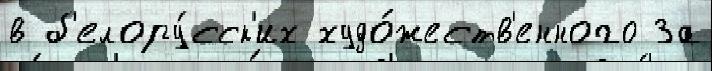
в б'елору́сск'их худо́жеств'енного За